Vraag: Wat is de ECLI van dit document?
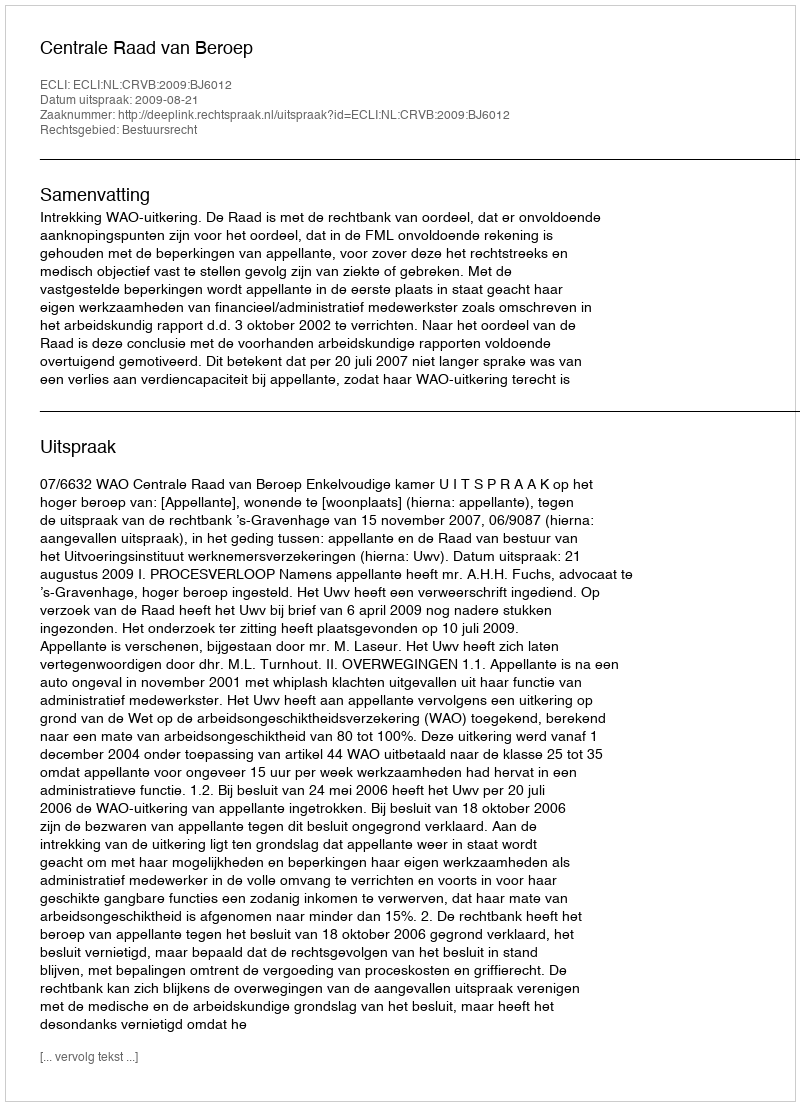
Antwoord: ECLI:NL:CRVB:2009:BJ6012